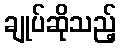
ချုပ်ဆိုသည့်